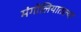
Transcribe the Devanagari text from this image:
मंगोलियातल्या